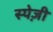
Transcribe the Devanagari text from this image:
स्पेज़ी